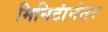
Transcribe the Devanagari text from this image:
मिनिटांनंतर